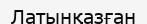
Латынқазған